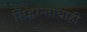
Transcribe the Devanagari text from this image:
सिद्धान्तांचाही